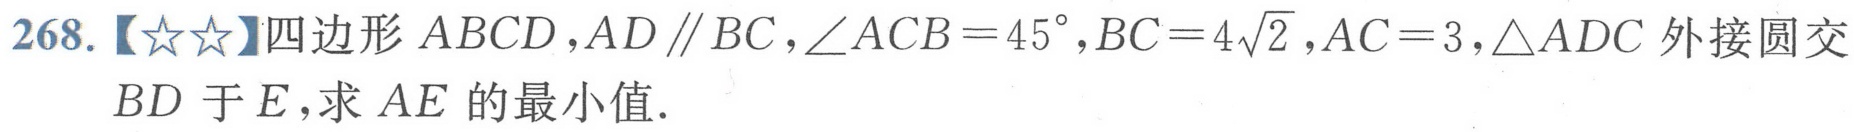
268.【☆☆】四边形$ABCD$，$AD\parallel BC$，$\angle ACB = 45^{\circ}$，$BC = 4\sqrt{2}$，$AC = 3$，$\triangle ADC$外接圆交$BD$于$E$，求$AE$的最小值.